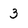
Character: 3